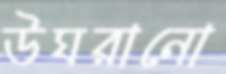
উঘরানো